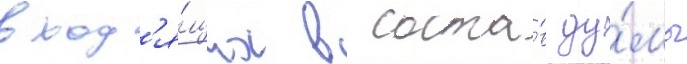
вход'я́щих в соста́в ду́мы